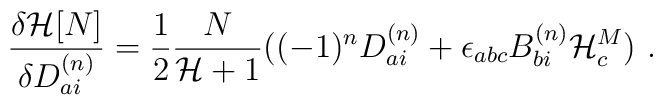
\frac{{\delta}{\cal H}[N]}{{\delta}D_{ai}^{(n)}} = \frac{1}{2}\frac{N}{{\cal H} + 1}((-1)^nD_{ai}^{(n)} + {\epsilon}_{abc}B_{bi}^{(n)}{\cal H}^M_c) \ .